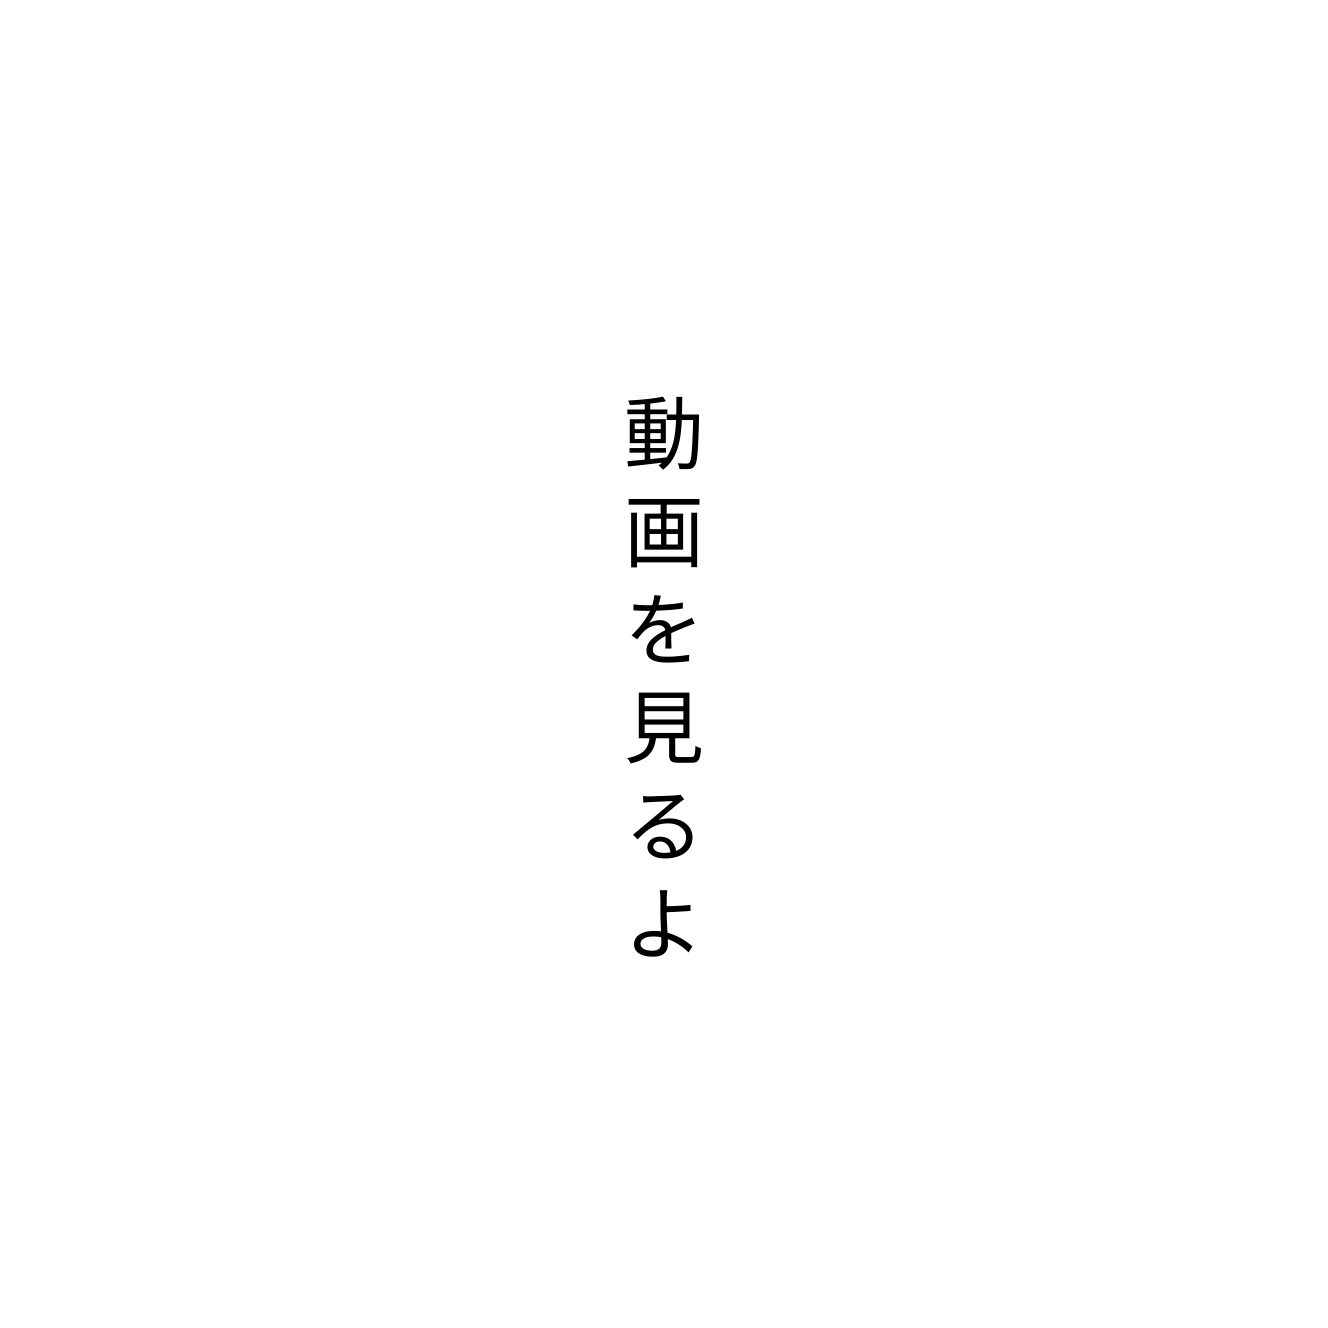
動画を見るよ